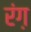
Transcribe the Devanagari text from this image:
रंग़